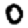
Digit: 0